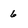
Character: 6